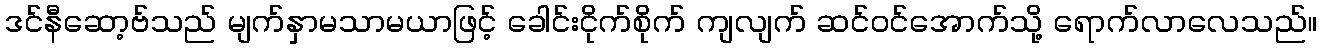
ဒင်နီဆော့ဗ်သည် မျက်နှာမသာမယာဖြင့် ခေါင်းငိုက်စိုက် ကျလျက် ဆင်ဝင်အောက်သို့ ရောက်လာလေသည်။